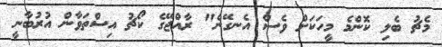
މެޗު ބެލި ކޮންމެ މީހަކަށް ވެސް އެނގޭނެ" ރާއްޖޭގެ ކޯޗު އިސްތަވާން އުރުބާނީ